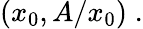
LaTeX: (x_{0},A/x_{0})\; .